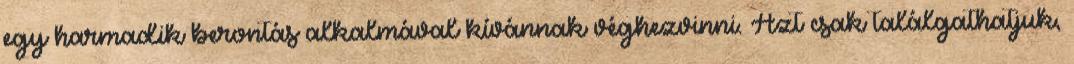
egy harmadik berontás alkalmával kívánnak véghezvinni. Azt csak találgathatjuk,